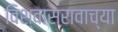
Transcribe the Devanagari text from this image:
विश्वासरावाच्या